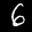
Label: 6